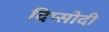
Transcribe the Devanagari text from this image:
दिप्सोदी